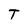
Character: T